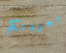
بعودتكم